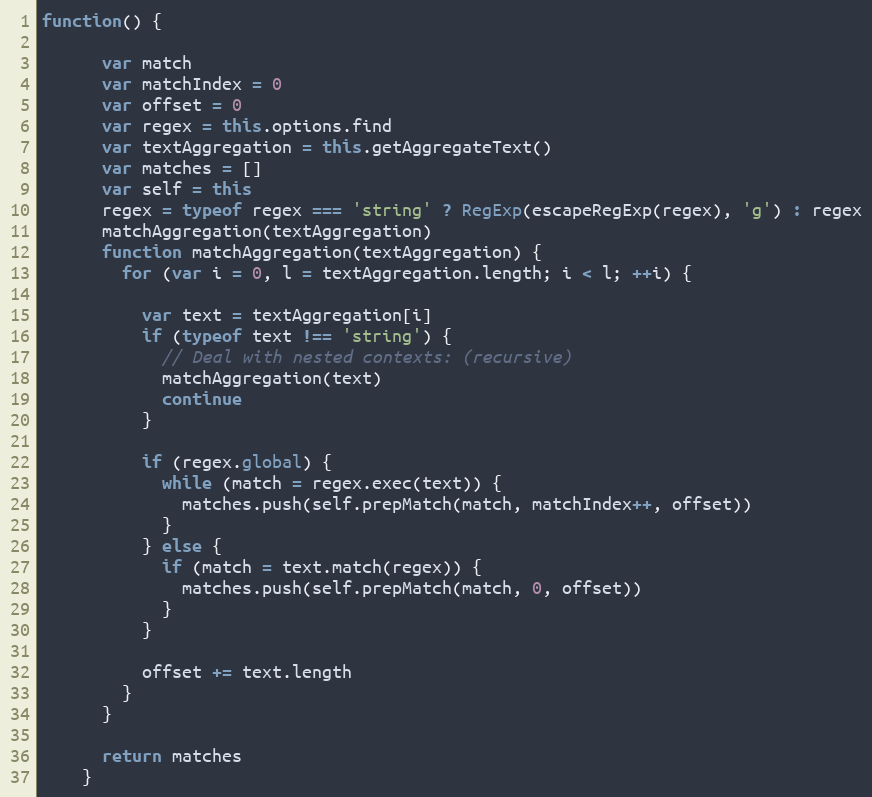
Language: JavaScript
function() {

      var match
      var matchIndex = 0
      var offset = 0
      var regex = this.options.find
      var textAggregation = this.getAggregateText()
      var matches = []
      var self = this
      regex = typeof regex === 'string' ? RegExp(escapeRegExp(regex), 'g') : regex
      matchAggregation(textAggregation)
      function matchAggregation(textAggregation) {
        for (var i = 0, l = textAggregation.length; i < l; ++i) {

          var text = textAggregation[i]
          if (typeof text !== 'string') {
            // Deal with nested contexts: (recursive)
            matchAggregation(text)
            continue
          }

          if (regex.global) {
            while (match = regex.exec(text)) {
              matches.push(self.prepMatch(match, matchIndex++, offset))
            }
          } else {
            if (match = text.match(regex)) {
              matches.push(self.prepMatch(match, 0, offset))
            }
          }

          offset += text.length
        }
      }

      return matches
    }